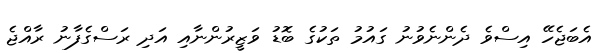
އެބަޖެހޭ އިސްވެ ދެންނެވުނު ގައުމު ތަކުގެ ބޮޑު ވަޒީރުންނާއި އަދި ރަސްގެފާނު ރާއްޖެ